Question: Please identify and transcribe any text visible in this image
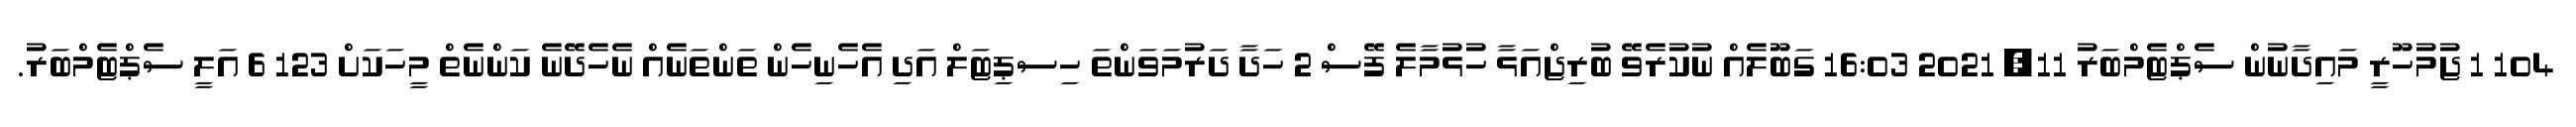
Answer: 104 1 ޖުމުހޫރީ މައިދާނުން ސެޕްޓެމްބަރު 11, 2021 16:03 ގަބޫލެއް ނުކުރެވޭ ބުރިޖްއަޅާ ހުޅުމާލެ ފޭސް 2 ހަދާ ދަރުމަވަންތަ ހިސޕިޓަލް އަދި އެހެނިހެން ތަންތަނެއް ނެހެދޭނެ ކަންނެތް މީހަކަށް 123 6 އަލީ ސެޕްޓެމްބަރު.